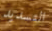
التسديد